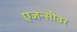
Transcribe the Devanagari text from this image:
एजन्सीवर